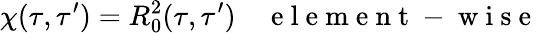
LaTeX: {}\chi(\tau,\tau^{\prime})=R_{0}^{2}(\tau,\tau^{\prime})\quad\mathrm{~e~l~e~m~e~n~t~-~w~i~s~e~}